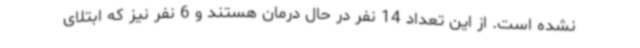
نشده است. از این تعداد 14 نفر در حال درمان هستند و 6 نفر نیز که ابتلای